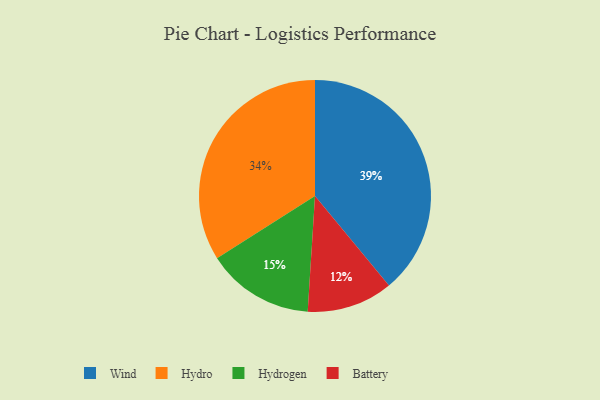
{"axis": {"x": "Category", "y": "Percentage"}, "legend": ["Battery", "Hydro", "Hydrogen", "Wind"], "data": [{"x": "Hydrogen", "y": 15, "type": "Hydrogen"}, {"x": "Hydro", "y": 34, "type": "Hydro"}, {"x": "Wind", "y": 39, "type": "Wind"}, {"x": "Battery", "y": 12, "type": "Battery"}]}